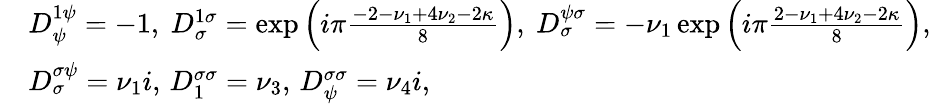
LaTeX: \begin{array}{rl}&{D_{\psi}^{1\psi}=-1,\ D_{\sigma}^{1\sigma}=\exp\left(i\pi\frac{-2-\nu_{1}+4\nu_{2}-2\kappa}{8}\right),\ D_{\sigma}^{\psi\sigma}=-\nu_{1}\exp\left(i\pi\frac{2-\nu_{1}+4\nu_{2}-2\kappa}{8}\right),}\\ &{D_{\sigma}^{\sigma\psi}=\nu_{1}i,\, D_{1}^{\sigma\sigma}=\nu_{3},\, D_{\psi}^{\sigma\sigma}=\nu_{4}i,}\end{array}